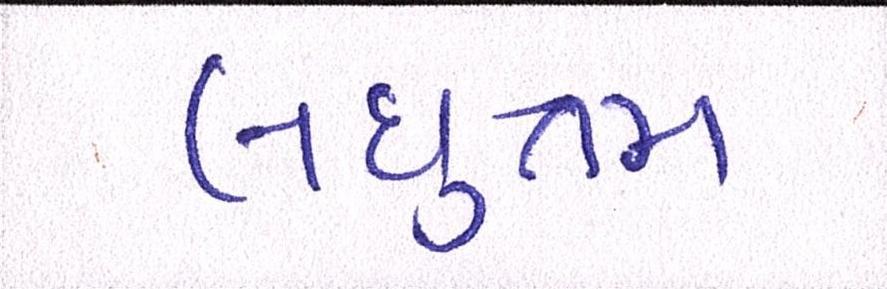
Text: લઘુત્તમ